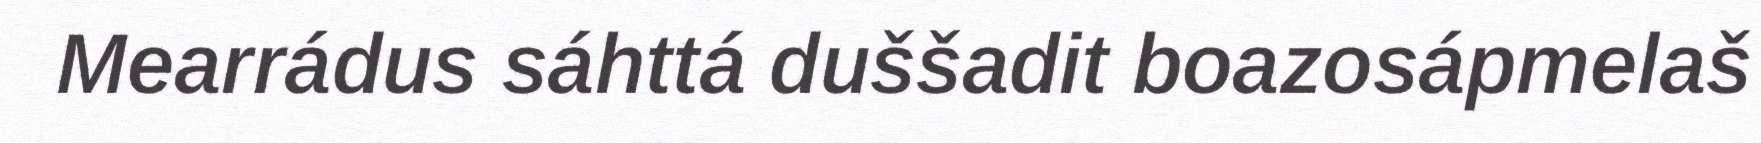
Mearrádus sáhttá duššadit boazosápmelaš